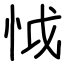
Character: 怴